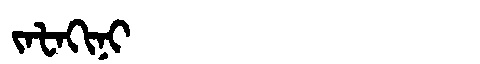
Manchu: ᠵᠠᡶᠠᡴᡳᠨᡳ
Romanization: JAFAKINI